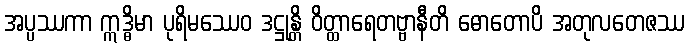
အပ္ပဿကာ ဣဒ္ဓိမာ ပုရိမဿေဝ ဒဋ္ဌုန္တိ ဝိတ္ထာရေတဗ္ဗာနီတိ ဓောတောပိ အတုလတေဇဿ